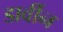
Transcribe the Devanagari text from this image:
डार्वीन